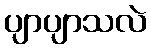
ပျာပျာသလဲ